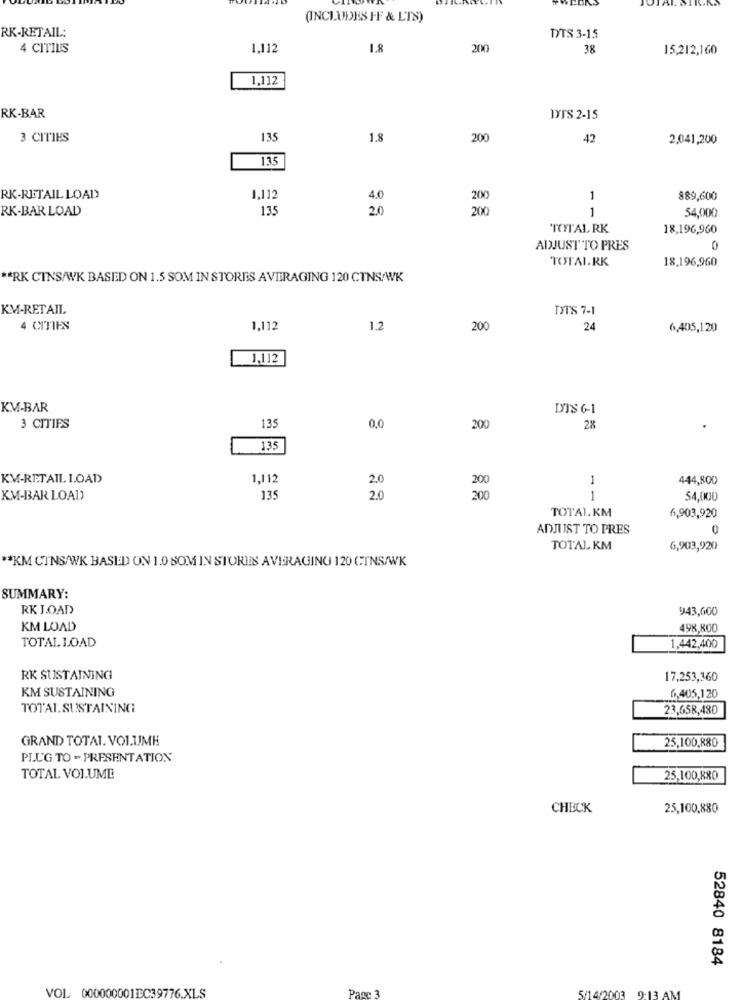
(INCLUDES FF & L'TS)
RK-RETAIL:
DTS 3-15
4 CITILS
1,112
1.8
38
15,212,160
1,112
RK-BAR
Dyr'S 2-15
3 CITIES
135
1.8
200
42
2.041,200
135
RK-RETAIL LOAD
1,112
4.0
200
1
889,600
RK-BAR LOAD
1.35
20
200
1
54,000
TOTAL RK
18,196,960
ADJUST TO PRES
TOTALRK
18,196,960
RK CINS/WK BASED ON 1.5 SOM IN STORES AVERAGING 120 CTNS/WK
KM-RETAIL
DTS 7-1
4 CITIES
1,112
1.2
200
24
6,405,120
1.112
KM-BAR
DJ'S 6-1
3 CITIFS
135
0,0
200
28
135
KV-RETAIL LOAD
1,112
2.0
200
1
444,800
KM-BAR LOAD
135
2.0
200
1
54,000
TOTAL.KM
6,903,920
ADJUST TO PRES
0
TOTAL KM
6,903,920
** KM CINS/WK BASED ON 1.0 SOM IN STORIES AVERAGING 120 CINS/WK
SUMMARY:
RK JOAD
943,600
KM LOAD
498,800
TOTAL LOAD
1,442,400
RK SUSTAINING
17,253,360
KM SUSTAINING
6,405,120
TOTALSUSTAINING
23,658,480
GRAND TOTAL. VOLUME
25,100,880
PLUG TO - PRESENTATION
TOTAL VOLUME
25,100,KRO
CHECK
25,100,880
52840 8184
VOL 000000001DC39776.XLS
Panc 3
5/14/2003 9:13 AM